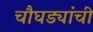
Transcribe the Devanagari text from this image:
चौघड्यांची